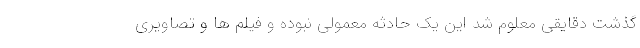
گذشت دقایقی معلوم شد این یک حادثه معمولی نبوده و فیلم ها و تصاویری